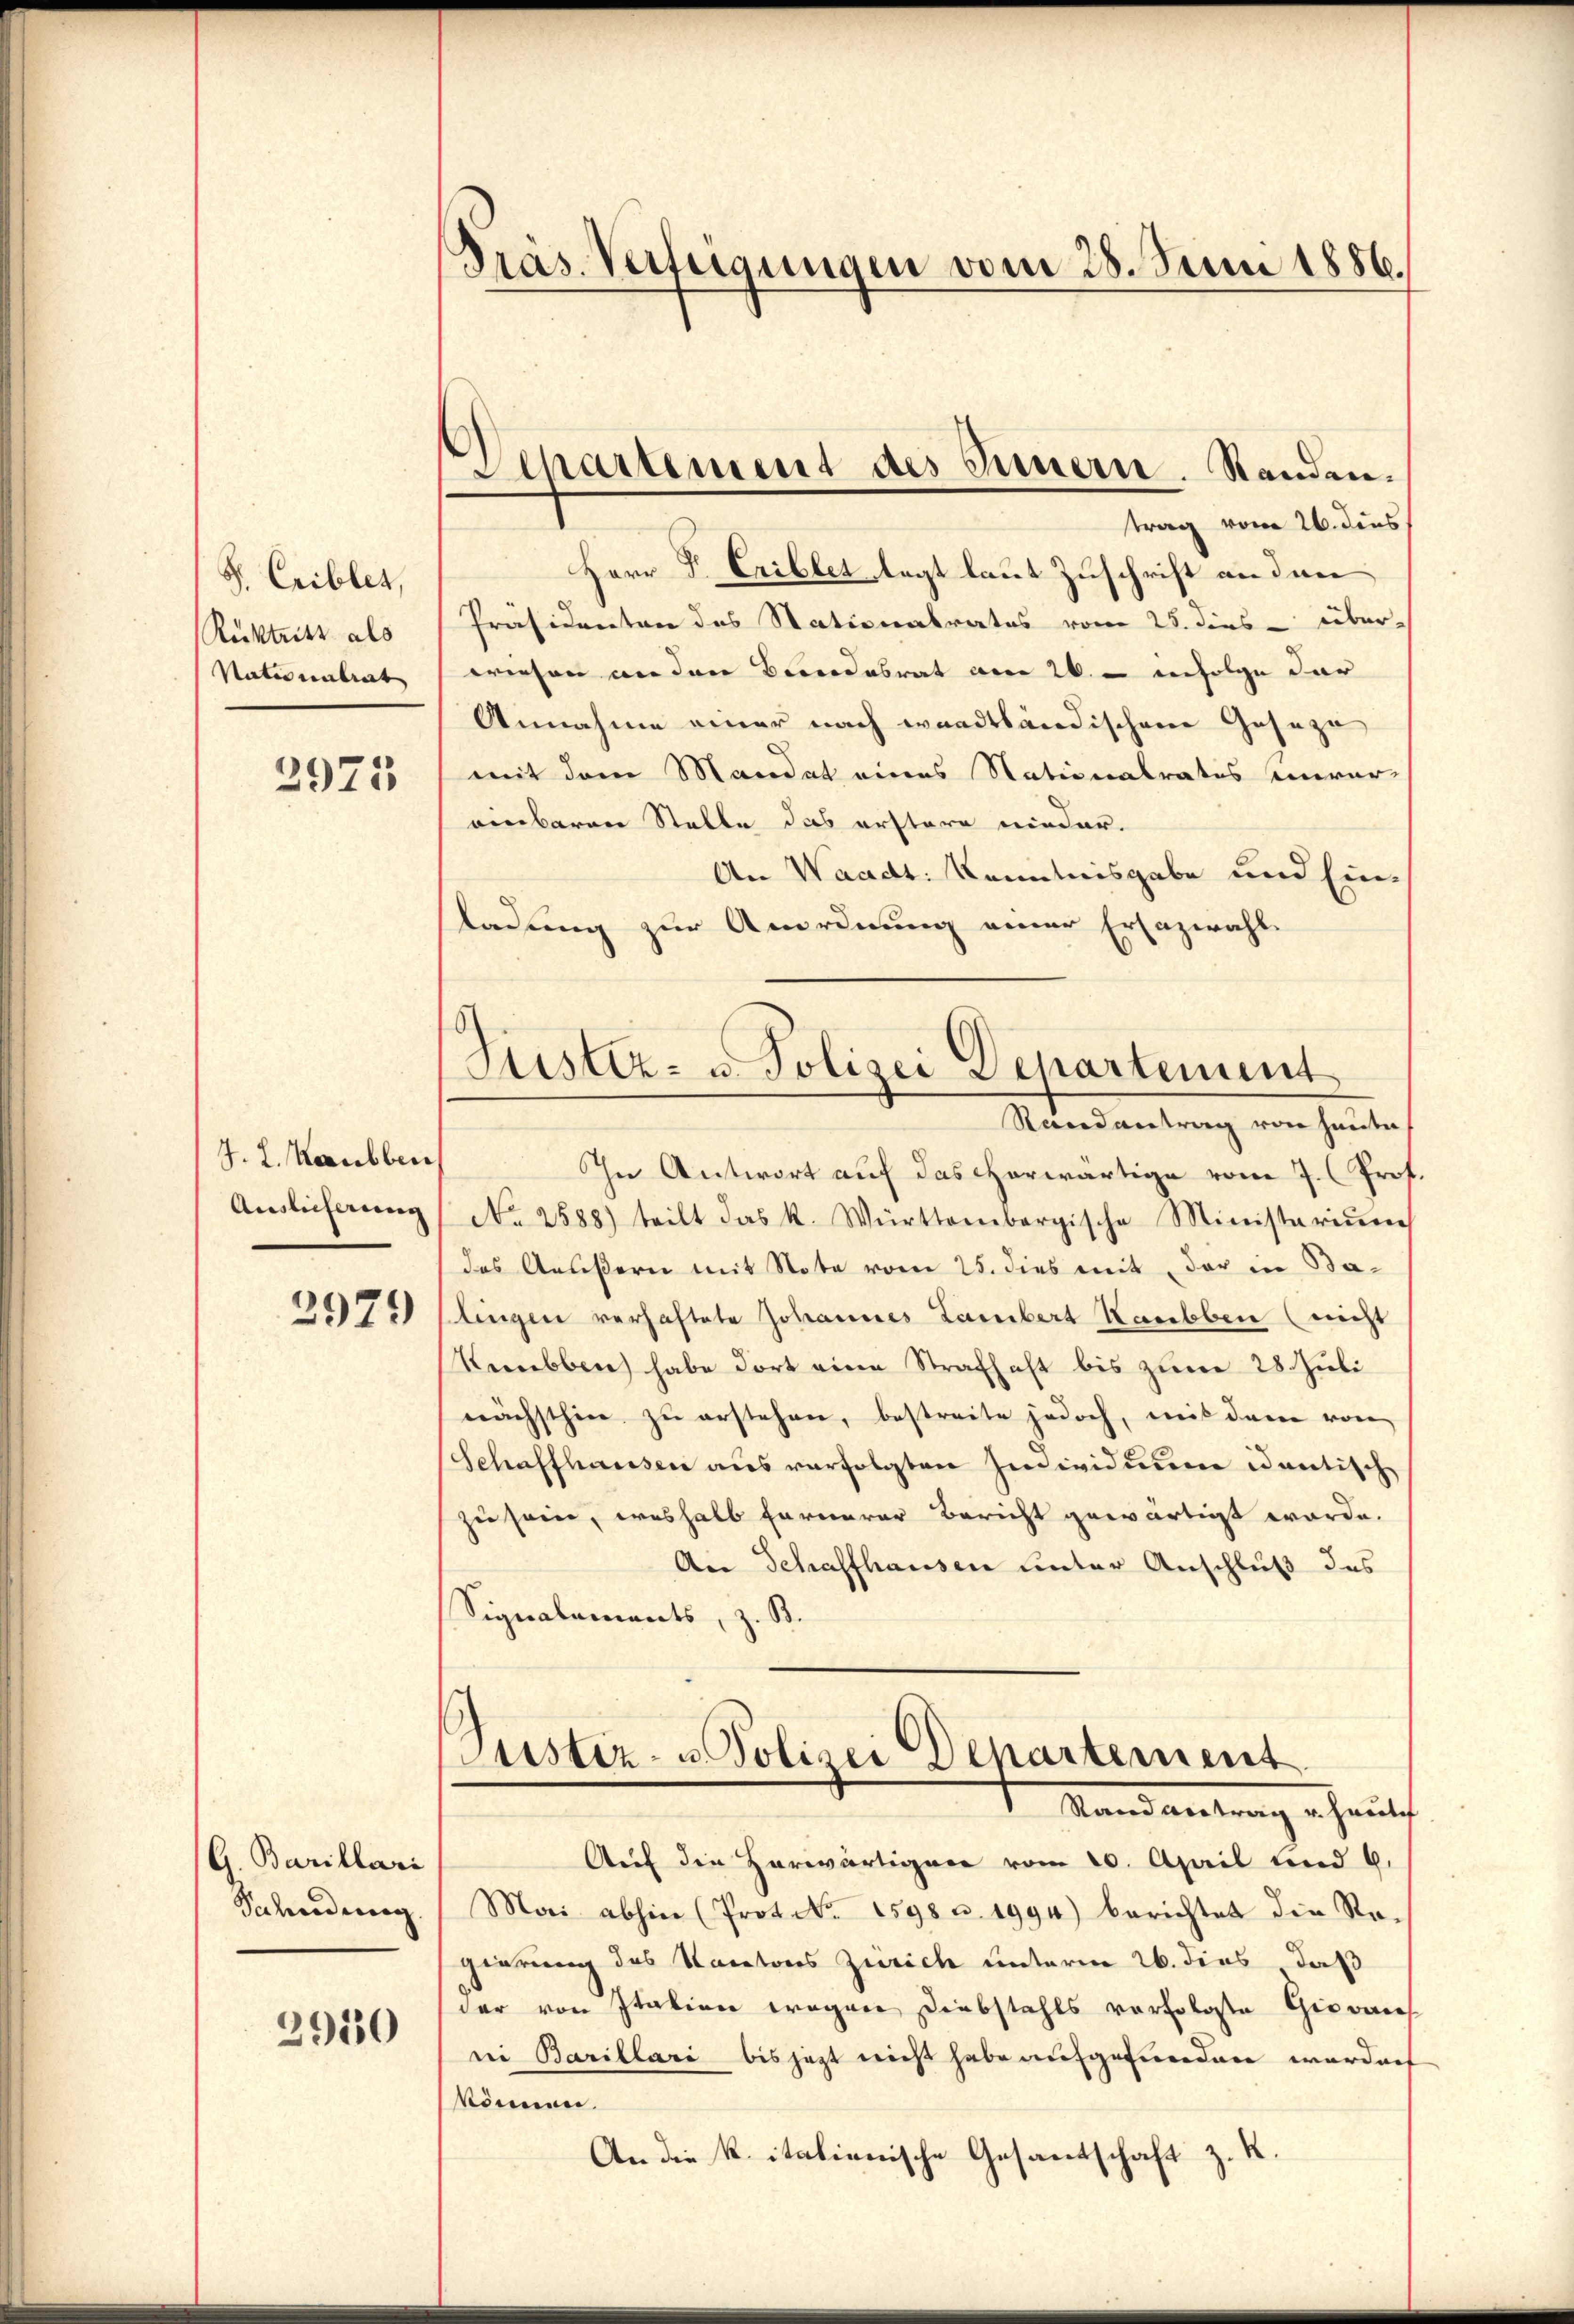
S. Criblet,
Rücktritt als
Nationalrat

2975

J. L. Kaubben
Auslieferung

2979

G. Barillari
Sahndung
2950

Präs. Verteigungen vom 28. Juni 1886.

)
Departement des Innern. Standen.

Justiz- u. Polizei Departement
Randantrag von heute

trag vom 26. dies
Herr F. Crillet legt laut Zuschrift an den
Präsidenten des Stationalrates vom 25. dies über-
wiesen anden Bundesrat am 26. - infolge dar
Annahme einer nach wandtländischene Geseze
mit dem Mandat eines Nationalrates unver-
einbaren Stelle das erstere nieder.
An Waadt: Kenntnisgabe und Einladung zur Anordnung einer Ersazwahl-
In Antwort auf das herwärtige vom 7. Prof.
No 2588) teilt das K. Württembergische Ministeriŭm
das Aeußern mit Note vom 25. dies mit der in Balingen verhaftete Johannes Lambert Kaubben (nicht
Rebben) habe dort eine Strafhaft bis zum 28. Juli
nächsthin zŭ erstehen, bestreite jedoch, mit dem von
Schaffhausen aus verfolgten Individuum identische
zu sein, weshalb fernerer Bericht gewärtigt werde.
An Schaffhausen unter Anschluß des
Signalements, z. B.
Justiz- u. Polizei Departement
 Handwertung erheits
Auf die Herwärtigen vom 20. April und 6.
Mai abhin (Prot. No. 1598 u. 1994) berichtet die Re-
gierung des Kantons Zürich unterm 26. dies, daß
der von Italien wegen Diebstahls vorfolgste Giovanes
ni Barillari bis jezt nicht habe aufgefunden worden
können.
An die k. italienische Gesandschaft z. R.